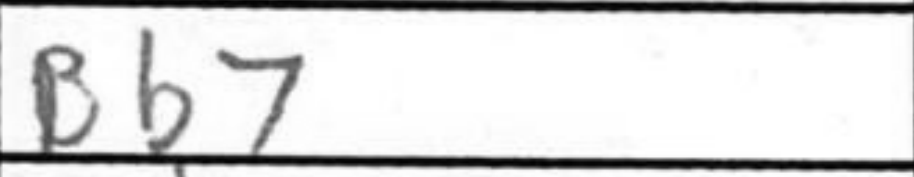
Transcription: Bb7